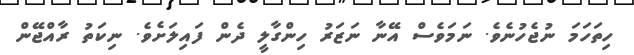
ހިތަހަމަ ނުޖެހުނެވެ. ނަމަވެސް އޭނާ ނަޒަރު ހިންގާލީ ދެން ފައިލަށެވެ. ނިކަތު ރާއްޖޭން